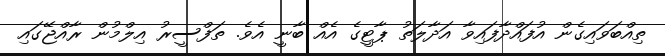
ތިއްބަވައިގެން އުފައްދާފައިވާ އަދާލަތު ޕާޓީގެ އެއް ބާނީ އެވެ. ތަފްސީރު އިލްމުން ރާއްޖޭގައި